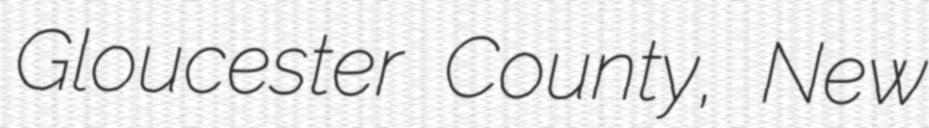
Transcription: Gloucester County, New